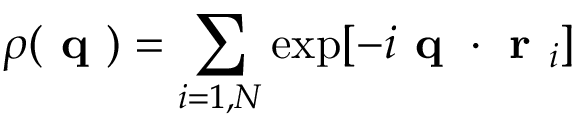
\rho ( \textbf { q } ) = \sum _ { i = 1 , N } \exp [ - i \textbf { q } \cdot \textbf { r } _ { i } ]